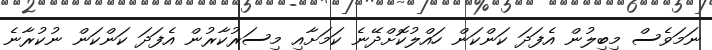
ނަމަވެސް މިބިލުން އެފަދަ ކަންކަން ހައްލުކޮށްދޭނެ ކަމަށާއި މިސަރުކާރުން އެފަދަ ކަންކަން ނުކުރާނެ